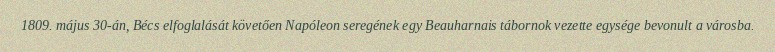
1809. május 30-án, Bécs elfoglalását követően Napóleon seregének egy Beauharnais tábornok vezette egysége bevonult a városba.